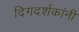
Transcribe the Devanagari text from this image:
दिगदर्शकांनी